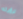
لرؤيته